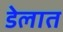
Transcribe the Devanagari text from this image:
डेलात